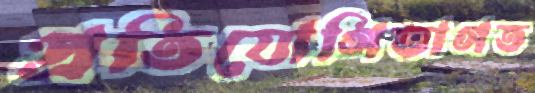
প্রতিযোগিতাগত